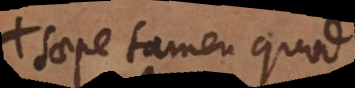
saepe tamen quod